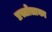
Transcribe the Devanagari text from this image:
प्रस्तोताका